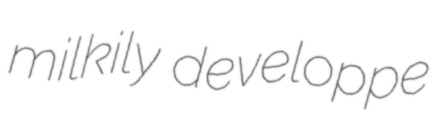
milkily developpe